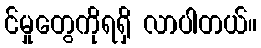
င်မှုတွေကိုရရှိ လာပါတယ်။